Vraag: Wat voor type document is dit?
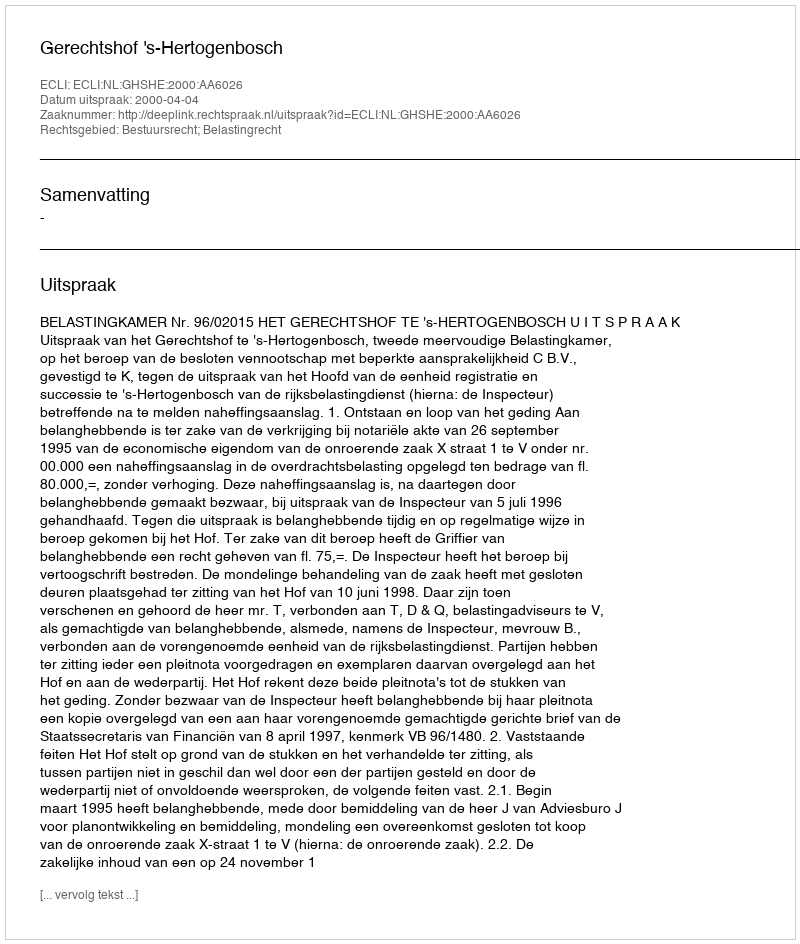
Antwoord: Uitspraak